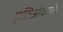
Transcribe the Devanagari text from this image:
एलिओकार्पस